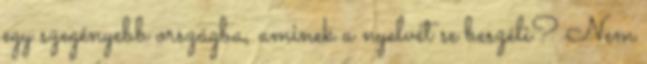
egy szegényebb országba, aminek a nyelvét se beszéli? Nem